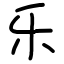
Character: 乐